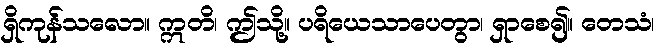
ရှိကုန်သလော။ ဣတိ၊ ဤသို့။ ပရိယေသာပေတွာ၊ ရှာစေ၍။ တေသံ၊